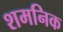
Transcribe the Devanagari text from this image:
शमनिक